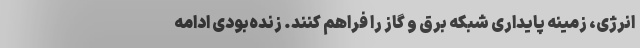
انرژی، زمینه پایداری شبکه برق و گاز را فراهم کنند. زنده‌بودی ادامه